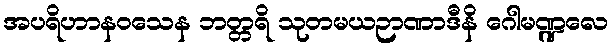
အပရိဟာနဝသေန ဘတ္တရိ သုတမယဉာဏာဒီနိ ဂေါမဏ္ဍလေ